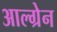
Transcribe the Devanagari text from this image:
आल्ग्रेन